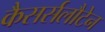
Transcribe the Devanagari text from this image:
कैसर्सलौटेन